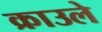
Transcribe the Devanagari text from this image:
क्राउले